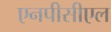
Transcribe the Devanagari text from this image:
एनपीसीएल